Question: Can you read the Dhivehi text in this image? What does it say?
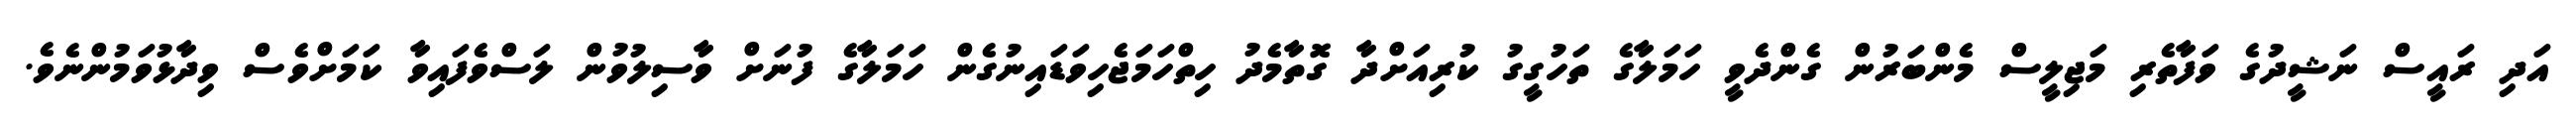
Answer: އަދި ރައީސް ނަޝީދުގެ ވަފާތެރި މަޖިލީސް މެންބަރުން ގެންދެވީ ހަމަލާގެ ތަހުގީގު ކުރިއަށްދާ ގޮތާމެދު ހިތްހަމަޖެހިވަޑައިނުގެން ހަމަލާގެ ފުނަށް ވާސިލުވުން ލަސްވެފައިވާ ކަމަށްވެސް ވިދާޅުވަމުންނެވެ.